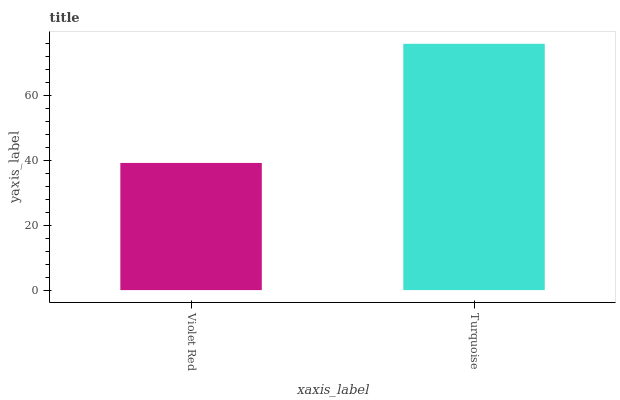
| xaxis_label | bars |
 | --- | --- |
 | Violet Red | 39.2 |
 | Turquoise | 75.9 |